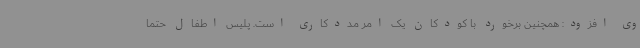
وی افزود: همچنین برخورد با کودکان یک امر مددکاری است. پلیس اطفال حتما